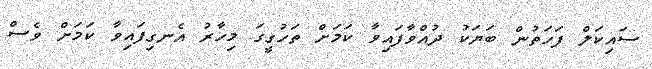
ސައިކަލް ފަހަތުން ބަޔަކު ދުއްވާފައިވާ ކަމަށް ތަހުގީގަ މިހާރު އެނގިފައިވާ ކަަމަށް ވެސް